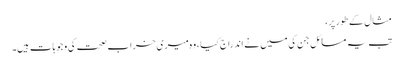
مثال کے طور پر،
تب یہ مسائل جن کی میں نے اندراج کیا ، وہ میری خراب صحت کی وجوہات ہیں۔